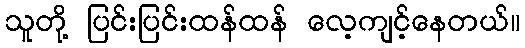
သူတို့ ပြင်းပြင်းထန်ထန် လေ့ကျင့်နေတယ်။